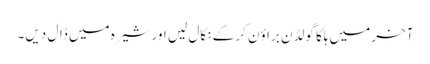
آخر میں ہلکا گولڈن براؤن کر کے نکال لیں اور شیرہ میں ڈال دیں۔